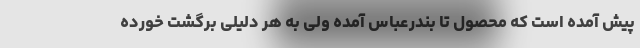
پیش آمده است که محصول تا بندرعباس آمده ولی به هر دلیلی برگشت خورده